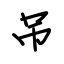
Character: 吊